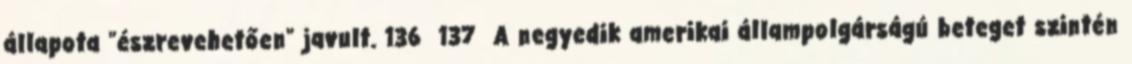
állapota "észrevehetően" javult. 136 137 A negyedik amerikai állampolgárságú beteget szintén